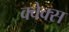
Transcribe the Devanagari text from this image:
क्वेक्स